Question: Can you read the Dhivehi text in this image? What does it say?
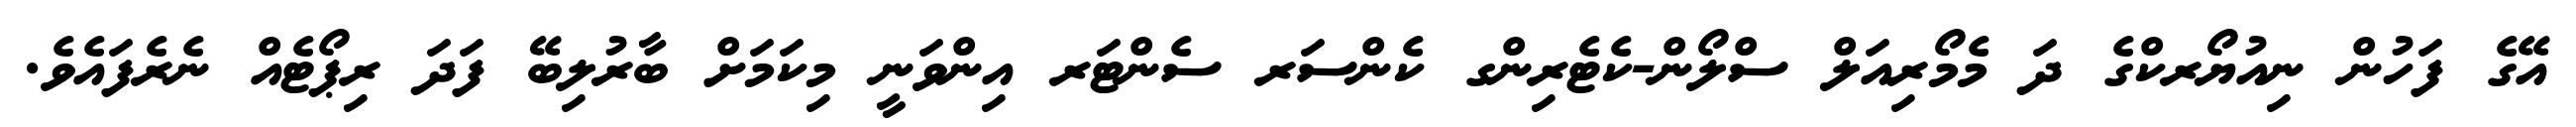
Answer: އޭގެ ފަހުން ނިއުޔޯރކްގެ ދަ މެމޯރިއަލް ސްލޯން-ކެޓެރިންގ ކެންސަރ ސެންޓަރ އިންވަނީ މިކަމަށް ބާރުލިބޭ ފަދަ ރިޕޯޓެއް ނެރެފައެވެ.